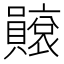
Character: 𧸫